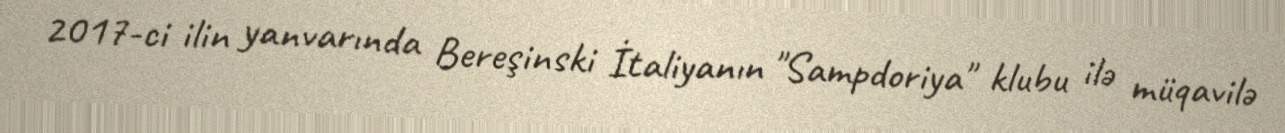
2017-ci ilin yanvarında Bereşinski İtaliyanın "Sampdoriya" klubu ilə müqavilə